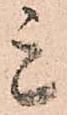
ミ